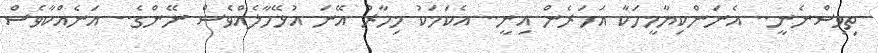
ތިވިސްނެނީ.. އެނަންކިޔާމީހަކާ އަހަރެން އިނީ.. އެކަމަކު މިހާރު އޭނަ އުޅޭހާލެއްވެސް ނޭންގެ.. އަނެއްކާވެސް